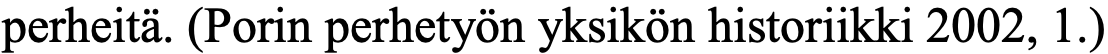
perheitä. (Porin perhetyön yksikön historiikki 2002, 1.)